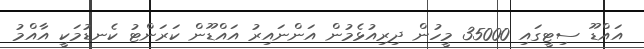
އައްޑޫ ސިޓީގައި 35000 މީހުން ދިރިއުޅެމުން އަންނައިރު އައްޑޫން ކަރަންޓު ކެނޑުމަކީ އާއްމު